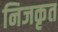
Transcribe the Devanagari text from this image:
निजकृत